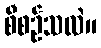
စီစဉ်သလဲ။